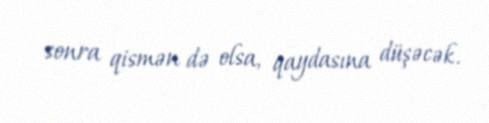
sonra qismən də olsa, qaydasına düşəcək.